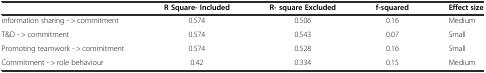
<table><thead><tr><td></td><td><b>R Square- Included</b></td><td><b>R- square Excluded</b></td><td><b>f-squared</b></td><td><b>Effect size</b></td></tr></thead><tbody><tr><td>information sharing - &gt; commitment</td><td>0.574</td><td>0.506</td><td>0.16</td><td>Medium</td></tr><tr><td>T&amp;D - &gt; commitment</td><td>0.574</td><td>0.543</td><td>0.07</td><td>Small</td></tr><tr><td>Promoting teamwork - &gt; commitment</td><td>0.574</td><td>0.528</td><td>0.16</td><td>Small</td></tr><tr><td>Commitment - &gt; role behaviour</td><td>0.42</td><td>0.334</td><td>0.15</td><td>Medium</td></tr></tbody></table>